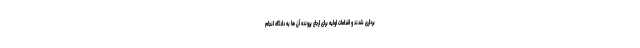
برداری شدند و اقدامات اولیه برای ارجاع پرونده آن ها به دادگاه انجام